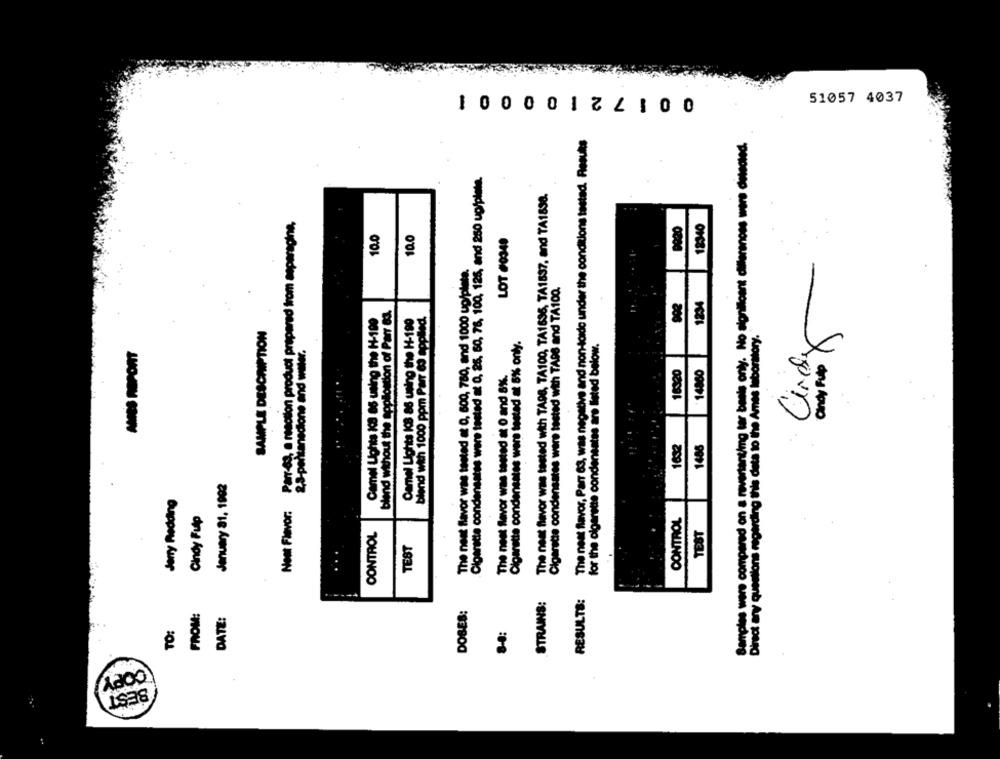
0 0 1 72100001
51057 4037
The nest flavor, Parr 63, was negative and non-torde under the conditions tested. Results
Samples were compared on a revertantimg tar benis only. No significant differences were diteote
.Cigarette condensates were tested at 0, 25, 60, 76, 100, 126, and 250 up/plate.
The nest flavor was tested with TADS, TA100, TA1696, TA1837, and TA1898.
Parr-es, a reaction product prepared from asparagine,
18340
10.0
10.0
LOT #0340
The nest flavor was tested at 0, 600, 780, and 1000 up/plate.
Cigarsde condensates were tested with TADS and TA100.
1234
blend without the appillostion of Parr &a.
-
Camel Lights Ic8 as using the H-199
Camel Lights ICS 86 using the H-199
blend with 1000 ppm Parr 63 applled.
SAMPLE DESCRIPTION
Cigarette condensates were tested at 6% only.
Direct any questions regarding this data to the Ames laboratory.
andy Pulp ×
2,3-pentanedione and water.
for the cigarette condensates are listed below.
AMES REPORT
16320
14880
The nest favor was tested at 0 and 8%.
1632
1488
January 81, 1902
Jerry Redding
Neet Flavor:
Cindy Fulp
CONTROL
CONTROL
TEST
TEST
.... 4
RESULTS:
STRAINS:
FROM:
DOSES:
DATE:
TO:
8-8:
COPY
BEST